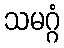
သမဂ္ဂံ